Annual statistical returns and brief notes on vaccination in Bengal - 1909-1929
Year: 1909
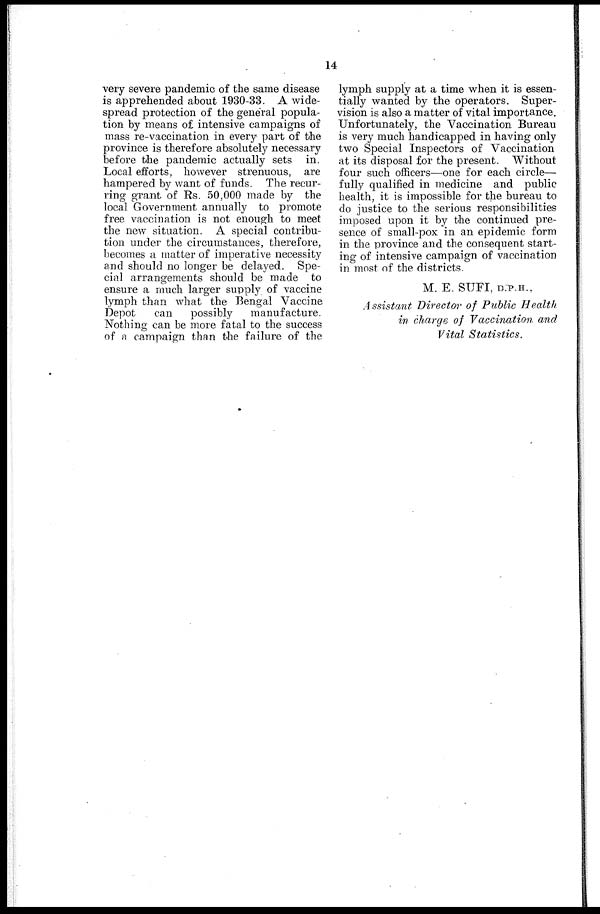
14
very severe pandemic of the same disease
is apprehended about 1930-33. A wide-
spread protection of the general popula-
tion by means of intensive campaigns of
mass re-vaccination in every part of the
province is therefore absolutely necessary
before the pandemic actually sets in.
Local efforts, however strenuous, are
hampered by want of funds. The recur-
ring grant of Rs. 50,000 made by the
local Government annually to promote
free vaccination is not enough to meet
the new situation. A special contribu-
tion under the circumstances, therefore,
becomes a matter of imperative necessity
and should no longer be delayed. Spe-
cial arrangements should be made to
ensure a much larger supply of vaccine
lymph than what the Bengal Vaccine
Depot
can
possibly
manufacture.
Nothing can be more fatal to the success
of a campaign than the failure of the
lymph supply at a time when it is essen-
tially wanted by the operators. Super-
vision is also a matter of vital importance.
Unfortunately, the Vaccination Bureau
is very much handicapped in having only
two Special Inspectors of Vaccination
at its disposal for the present. Without
four such officers—one for each circle—
fully qualified in medicine and public
health, it is impossible for the bureau to
do justice to the serious responsibilities
imposed upon it by the continued pre-
sence of small-pox in an epidemic form
in the province and the consequent start-
ing of intensive campaign of vaccination
in most of the districts.
M. E. SUFI, D.P.H.,
Assistant Director of Public Health
in charge of Vaccination and
Vital
Statistics.